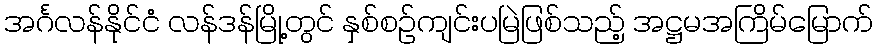
အင်္ဂလန်နိုင်ငံ လန်ဒန်မြို့တွင် နှစ်စဉ်ကျင်းပမြဲဖြစ်သည့် အဋ္ဌမအကြိမ်မြောက်